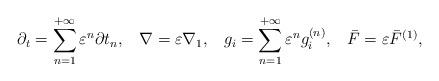
LaTeX: \begin{align*}{\partial _t} = \sum\limits_{n = 1}^{ + \infty } {{\varepsilon ^n}\partial {t_n}} , \; \;\;\nabla = \varepsilon {\nabla _1}, \; \;\;{g_i} = \sum\limits_{n = 1}^{ + \infty } {{\varepsilon ^n}g_i^{\left( n \right)}} , \; \;\; \bar F = \varepsilon {\bar F^{\left( 1 \right)}},\end{align*}